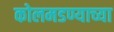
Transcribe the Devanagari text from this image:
कोलमडण्याच्या